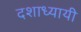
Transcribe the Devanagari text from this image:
दशाध्यायी